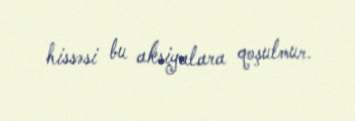
hissəsi bu aksiyalara qoşulmur.